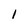
Character: 1